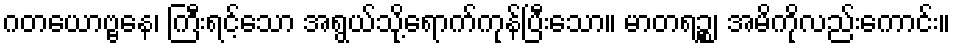
ဂတယောဗ္ဗနေ၊ ကြီးရင့်သော အရွယ်သို့ရောက်ကုန်ပြီးသော။ မာတရဉ္စ၊ အမိကိုလည်းကောင်း။